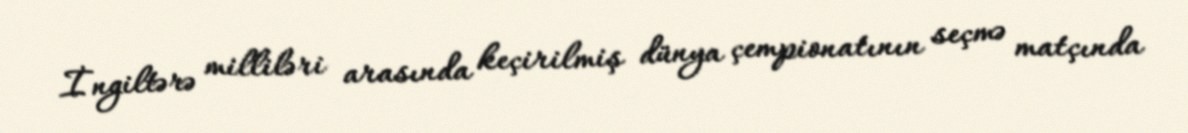
İngiltərə milliləri arasında keçirilmiş dünya çempionatının seçmə matçında